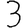
Digit: 3